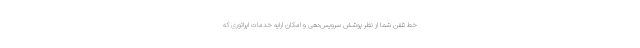
خط تلفن شما از نظر پوشش سرویس‌دهی و امکان ارایه خدماتِ اپراتوری که